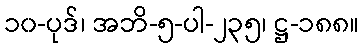
၁၀-ပုဒ်၊ အဘိ-၅-ပါ-၂၃၅၊ ဋ္ဌ-၁၈၈။